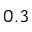
0 . 3